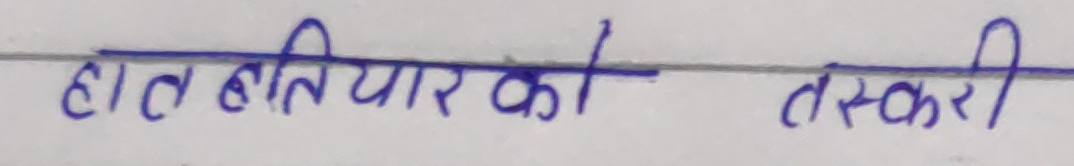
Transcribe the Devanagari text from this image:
हात हथियार की तस्करी